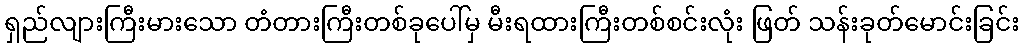
ရှည်လျားကြီးမားသော တံတားကြီးတစ်ခုပေါ်မှ မီးရထားကြီးတစ်စင်းလုံး ဖြတ် သန်းခုတ်မောင်းခြင်း